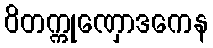
ဝိတက္ကုဏှောဒကေန